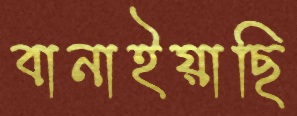
বানাইয়াছি